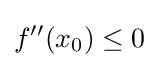
f''(x_{0})\leq 0